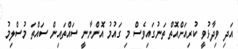
އަދި ވިދާޅުވީ ކުރިއަށްއޮތް ތަނުގައިވެސް މި ގައުމު އޮންނާނީ ސައްތައިން ސައްތަ މުސްލިމު